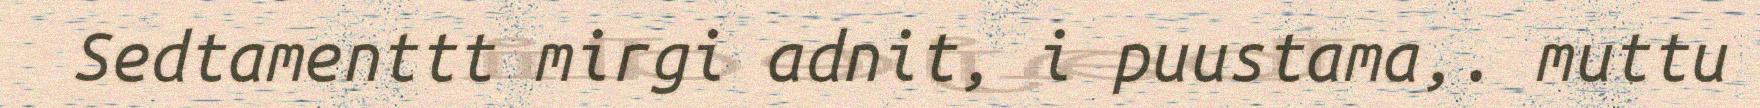
Sedtamenttt mirgi adnit, i puustama,. muttu